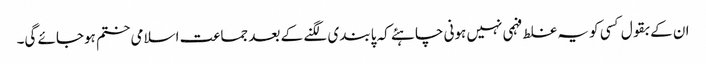
ان کے بقول کسی کو یہ غلط فہمی نہیں ہونی چاہئے کہ پابندی لگنے کے بعد جماعت اسلامی ختم ہوجائے گی۔